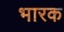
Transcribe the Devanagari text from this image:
भारक